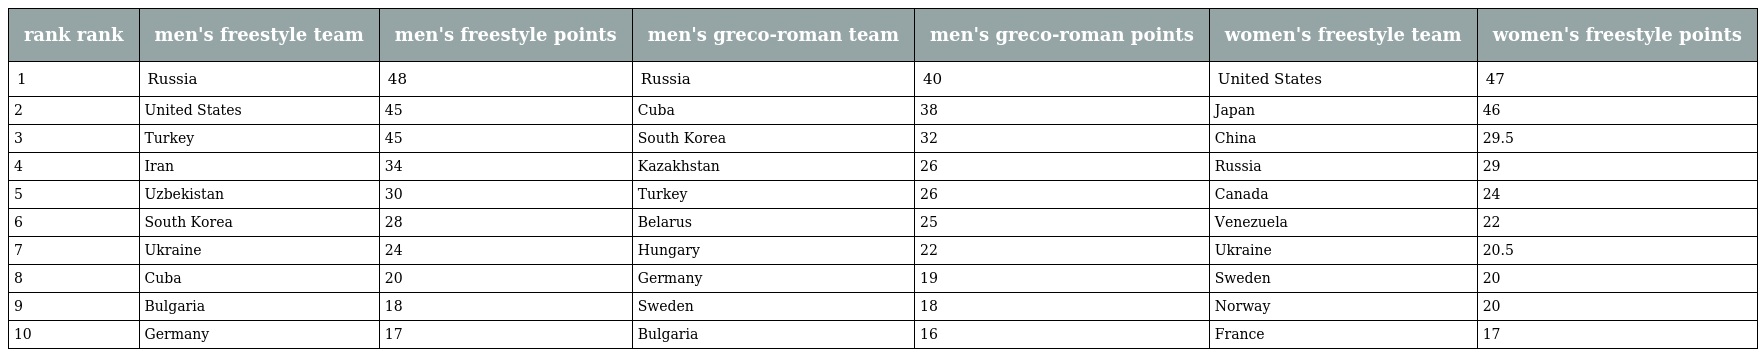
| rank rank | men's freestyle team | men's freestyle points | men's greco-roman team | men's greco-roman points | women's freestyle team | women's freestyle points |
 | --- | --- | --- | --- | --- | --- | --- |
 | 1 | Russia | 48 | Russia | 40 | United States | 47 |
 | 2 | United States | 45 | Cuba | 38 | Japan | 46 |
 | 3 | Turkey | 45 | South Korea | 32 | China | 29.5 |
 | 4 | Iran | 34 | Kazakhstan | 26 | Russia | 29 |
 | 5 | Uzbekistan | 30 | Turkey | 26 | Canada | 24 |
 | 6 | South Korea | 28 | Belarus | 25 | Venezuela | 22 |
 | 7 | Ukraine | 24 | Hungary | 22 | Ukraine | 20.5 |
 | 8 | Cuba | 20 | Germany | 19 | Sweden | 20 |
 | 9 | Bulgaria | 18 | Sweden | 18 | Norway | 20 |
 | 10 | Germany | 17 | Bulgaria | 16 | France | 17 |